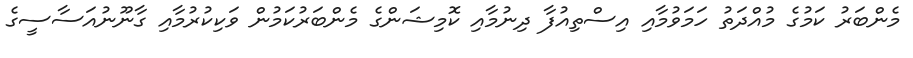
މެންބަރު ކަމުގެ މުއްދަތު ހަމަވުމާއި އިސްތިއުފާ ދިނުމާއި ކޮމިޝަންގެ މެންބަރުކަމުން ވަކިކުރުމާއި ގާނޫނުއަސާސީގެ